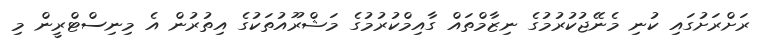
ރަށްރަށުގައި ކުނި މެނޭޖުކުރުމުގެ ނިޒާމްތައް ގާއިމްކުރުމުގެ މަޝްރޫއުތަކުގެ އިތުރުން އެ މިނިސްޓްރީން މި